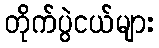
တိုက်ပွဲငယ်များ